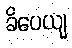
ခိပေယျ